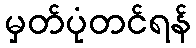
မှတ်ပုံတင်ရန်